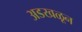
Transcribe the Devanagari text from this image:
अडखळून